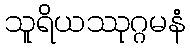
သူရိယဿုဂ္ဂမနံ